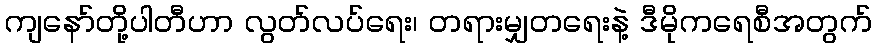
ကျနော်တို့ပါတီဟာ လွတ်လပ်ရေး၊ တရားမျှတရေးနဲ့ ဒီမိုကရေစီအတွက်